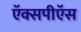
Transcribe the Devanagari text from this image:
ऍक्सपीऍस